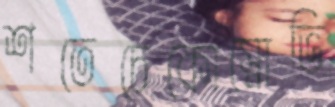
শতেচেকোস্নোভি